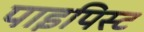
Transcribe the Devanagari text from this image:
पाइपिस्ट